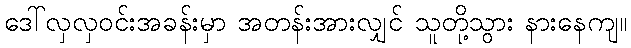
ဒေါ်လှလှဝင်းအခန်းမှာ အတန်းအားလျှင် သူတို့သွား နားနေကျ။